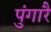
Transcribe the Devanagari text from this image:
पुंगारै